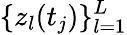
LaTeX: \{ z_{l}(t_{j})\} _{l=1}^{L}